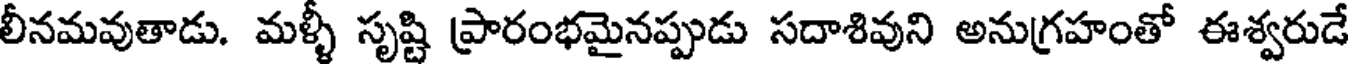
లీనమవుతాడు. మళ్ళీ సృష్టి ప్రారంభమైనప్పుడు సదాశివుని అనుగ్రహంతో ఈశ్వరుడే